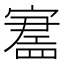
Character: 𪧪